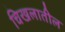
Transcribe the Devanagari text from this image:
चिखलातील